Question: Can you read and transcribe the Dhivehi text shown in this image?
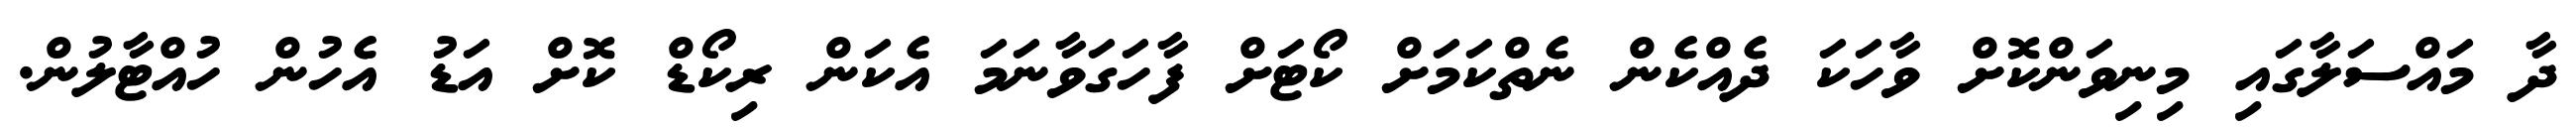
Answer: ދާ މައްސަލާގައި މިނިވަންކޮށް ވާހަކަ ދެއްކެން ނެތްކަމަށް ކޯޓަށް ފާހަގަވާނަމަ އެކަން ރިކޯޑް ކޮށް އަޑު އެހުން ހުއްޓާލުން.